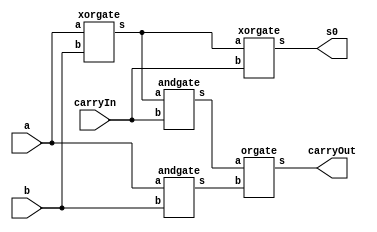
// -------------------------
// Exemplo0031  Somador algebrico selecionavel
// Nome: Rayan Darwin
// ------------------------- 
 
//modulo fullAdder
module fullAdder (output s0, output carryOut, input a, input b,  input carryIn);

   wire x,y,z;
   xorgate XOR1(x,a,b);
   andgate AND1(y,a,b);
   xorgate XOR2(s0,x,carryIn);
   andgate AND2(z,x,carryIn);
   orgate OR2(carryOut,z,y);

endmodule // fullAdder

// half adder 	
module halfAdder( s0, carry_out, a, b);
	input a, b;
	output s0, carry_out;
	
	xor XOR1(s0, a, b);
	and AND1(carry_out, a, b);
endmodule // halfAdder

// full adder 3 bits	
module fullAdder3 (output [2:0]s, input [2:0]a, input [2:0]b); 
	wire vaiUm;
	wire vaiUm1;
	wire carry_out;
	
	halfAdder ha1(s[0], vaiUm, a[0], b[0]);
	fullAdder ha2(s[1], vaiUm1, a[1], b[1], vaiUm);
	fullAdder ha3(s[2], carry_out, a[2], b[2], vaiUm1);	
endmodule // fullAdder 

module somadorSelecionavel (output [2:0]s, output carryOut, input operador, input [2:0]a, input [2:0]b );
  wire w0, w1, w2, c0, c1, c2;
  xorgate XOR0 ( w0, operador, b[0] );
  xorgate XOR1 ( w1, operador, b[1] );
  xorgate XOR2 ( w2, operador, b[2] );
  xorgate XOR3 (carryOut, c2, operador);

  fullAdder FA0 ( s[0], c0, w0, a[0], operador);
  fullAdder FA1 ( s[1], c1, w1, a[1], c0);
  fullAdder FA2 ( s[2], c2, w2, a[2], c1);
endmodule // somadorSelecionavel

module andgate (output s, input a, input b);
  assign s = a & b;
endmodule

module xorgate (output s, input a, input b);
  assign s = a ^ b;
endmodule

module orgate (output s, input a,  input b);
  assign s = a | b;
endmodule

module test_somadorSelecionavel;
// ------------------------- definir dados
      reg [2:0] x;
      reg [2:0] y;
      reg operador;
      wire [2:0] resultado;
      wire carryOut;

      somadorSelecionavel SS(resultado, carryOut, operador, x, y);
		
// ------------------------- parte principal 
 initial begin 
      $display("Exemplo0031 - Rayan Darwin - 412770");
      $display("Somador selecionavel - 3bits\n");

      x=3'b000; y=3'b000; operador=1'b0;
      $monitor("%3b   %3b   Op:%1b   Resultado:   %3b   CarryOut: ",x,y,operador,resultado,carryOut);
      #1 x=3'b010; y=3'b011; operador=0;
      #1 x=3'b001; y=3'b010; operador=0;
      #1 x=3'b011; y=3'b010; operador=1;
      #1 x=3'b011; y=3'b011; operador=1;
      #1 x=3'b010; y=3'b001; operador=1;
 
 end
 
endmodule